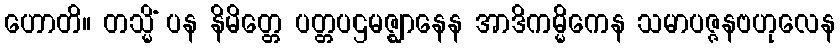
ဟောတိ။ တသ္မိံ ပန နိမိတ္တေ ပတ္တပဌမဇ္ဈာနေန အာဒိကမ္မိကေန သမာပဇ္ဇနဗဟုလေန